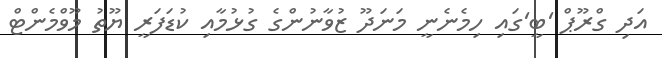
އަދި ގްރޫޕް 'ބީ'ގައި ހިމެނެނީ މަނަދޫ ޒުވާނުންގެ ގުޅުމާއި ކުޑަފަރީ ޔޫތު މޫވްމެންޓް